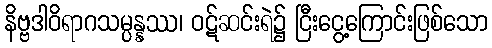
နိဗ္ဗဒါဝိရာဂသမ္ပန္နဿ၊ ဝဋ်ဆင်းရဲ၌ ငြီးငွေ့ကြောင်းဖြစ်သော